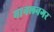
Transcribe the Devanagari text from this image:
नानलनगर